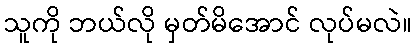
သူကို ဘယ်လို မှတ်မိအောင် လုပ်မလဲ။